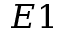
E 1